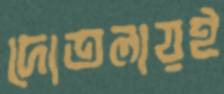
দোতলায়ই